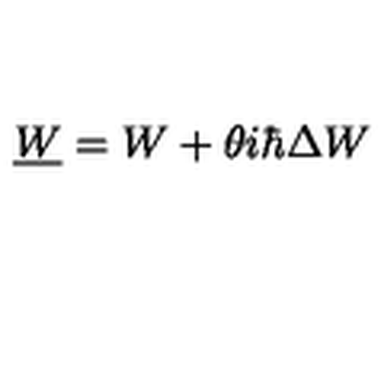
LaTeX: \underline { W } = W + \theta i \hbar \Delta W